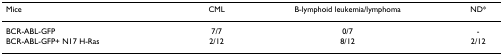
<table><thead><tr><td><b>Mice</b></td><td><b>CML</b></td><td><b>B-lymphoid leukemia/lymphoma</b></td><td><b>ND*</b></td></tr></thead><tbody><tr><td>BCR-ABL-GFP</td><td>7/7</td><td>0/7</td><td>-</td></tr><tr><td>BCR-ABL-GFP+ N17 H-Ras</td><td>2/12</td><td>8/12</td><td>2/12</td></tr></tbody></table>